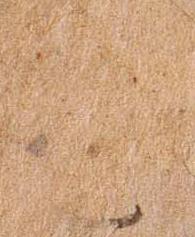
摩